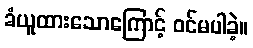
ခံယူထားသောကြောင့် ဝင်မပါခဲ့။